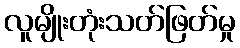
လူမျိုးတုံးသတ်ဖြတ်မှု